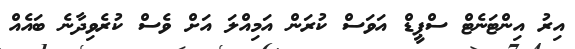
އިރު އިންޓަނެޓް ސްޕީޑް އަވަސް ކުރަން އަމިއްލަ އަށް ވެސް ކުރެވިދާނެ ބައެއް